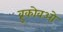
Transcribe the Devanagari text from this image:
व्नुकोवओ